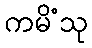
ကမိံသု